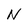
Character: N